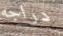
دراجه